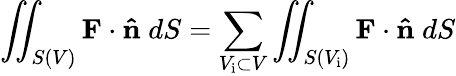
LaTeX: \iint_{S(V)}\mathbf{F}\cdot\mathbf{\hat{n}}\; dS=\sum_{V_{\mathrm{i}}\subset V}\iint_{S(V_{\mathrm{i}})}\mathbf{F}\cdot\mathbf{\hat{n}}\; dS